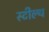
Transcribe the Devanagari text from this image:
स्‍टील्‍थ